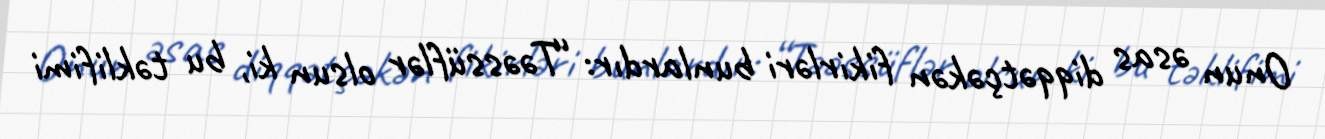
Onun əsas diqqətçəkən fikirləri bunlardır: “Təəssüflər olsun ki, bu təklifimi